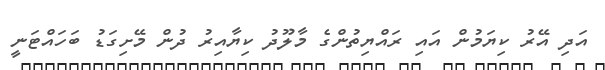
އަދި އޭރު ކިޔަމުން އައި ރައްޔިތުންގެ މާލޫދު ކިޔާއިރު ދުން މޭށިގަޑު ބަހައްޓަނީ